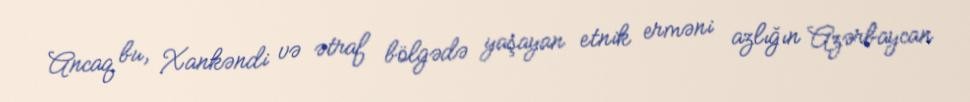
Ancaq bu, Xankəndi və ətraf bölgədə yaşayan etnik erməni azlığın Azərbaycan